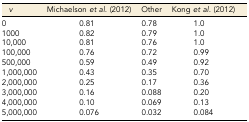
| v | Michaelson et al. (2012) | Other | Kong et al. (2012) |
 | --- | --- | --- | --- |
 | 0 | 0.81 | 0.78 | 1.0 |
 | 1000 | 0.82 | 0.79 | 1.0 |
 | 10,000 | 0.81 | 0.76 | 1.0 |
 | 100,000 | 0.76 | 0.72 | 0.99 |
 | 500,000 | 0.59 | 0.49 | 0.92 |
 | 1,000,000 | 0.43 | 0.35 | 0.70 |
 | 2,000,000 | 0.25 | 0.17 | 0.36 |
 | 3,000,000 | 0.16 | 0.088 | 0.20 |
 | 4,000,000 | 0.10 | 0.069 | 0.13 |
 | 5,000,000 | 0.076 | 0.032 | 0.084 |